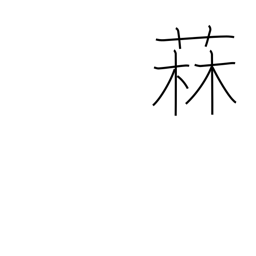
Meaning: kind of thistle